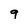
Character: 9